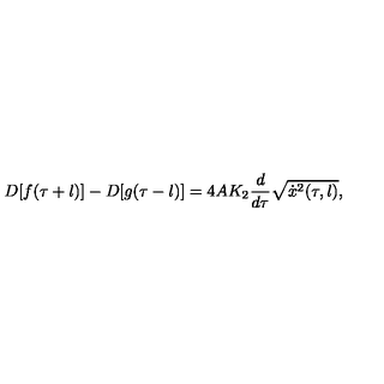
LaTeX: D [ f ( \tau + l ) ] - D [ g ( \tau - l ) ] = 4 A K _ { 2 } \frac { d } { d \tau } \sqrt { \dot { x } ^ { 2 } ( \tau , l ) } ,